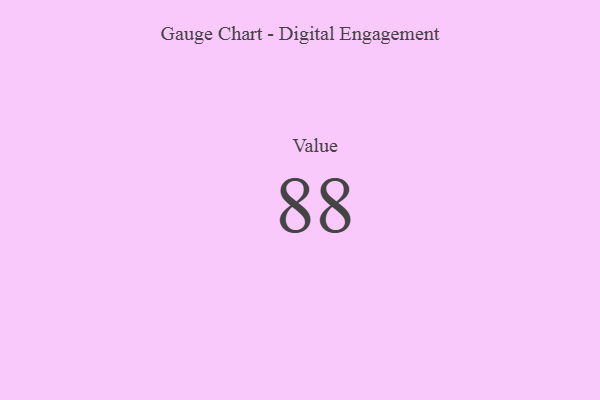
{"axis": {"x": "Metric", "y": "Value"}, "legend": [""], "data": [{"x": "Value", "y": 88, "type": ""}]}